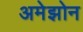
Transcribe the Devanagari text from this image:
अमेझोन